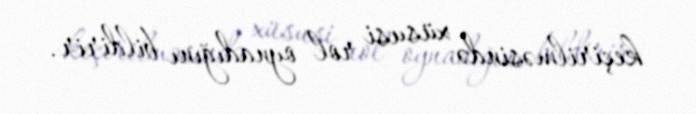
keçirilməsində xüsusi rol oynadığını bildirir.